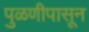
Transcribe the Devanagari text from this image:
पुळणीपासून